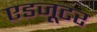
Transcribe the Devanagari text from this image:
एडजूटर